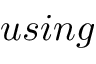
u s i n g